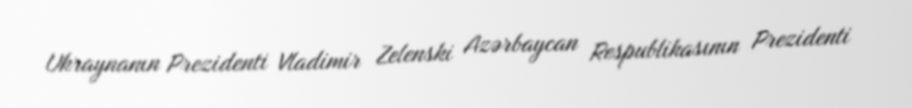
Ukraynanın Prezidenti Vladimir Zelenski Azərbaycan Respublikasının Prezidenti